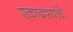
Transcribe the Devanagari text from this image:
एकादश्यांचे